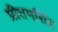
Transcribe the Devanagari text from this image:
प्रीतमसिंह